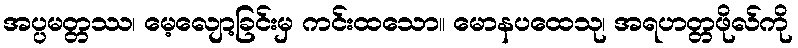
အပ္ပမတ္တဿ၊ မေ့လျော့ခြင်းမှ ကင်းထသော။ မောနပထေသု၊ အရဟတ္တဖိုလ်ကို